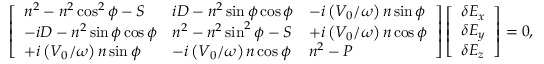
\left[ \begin{array} { l l l } { n ^ { 2 } - n ^ { 2 } \cos ^ { 2 } \phi - S } & { i D - n ^ { 2 } \sin \phi \cos \phi } & { - i \left( V _ { 0 } / \omega \right) n \sin \phi } \\ { - i D - n ^ { 2 } \sin \phi \cos \phi } & { n ^ { 2 } - n ^ { 2 } \sin ^ { 2 } \phi - S } & { + i \left( V _ { 0 } / \omega \right) n \cos \phi } \\ { + i \left( V _ { 0 } / \omega \right) n \sin \phi } & { - i \left( V _ { 0 } / \omega \right) n \cos \phi } & { n ^ { 2 } - P } \end{array} \right] \left[ \begin{array} { l } { \delta E _ { x } } \\ { \delta E _ { y } } \\ { \delta E _ { z } } \end{array} \right] = 0 ,